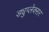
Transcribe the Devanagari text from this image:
ड्युप्लेक्सर